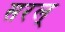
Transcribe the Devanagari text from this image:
सरल्